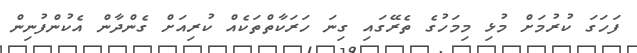
ފަހަގަ ކުރުމަށް މުޅި މިމަހުގެ ތެރޭގައި ގިނަ ހަރަަކާތްތަކެއް ކުރިއަށް ގެންދާން އެކުންފުނިން